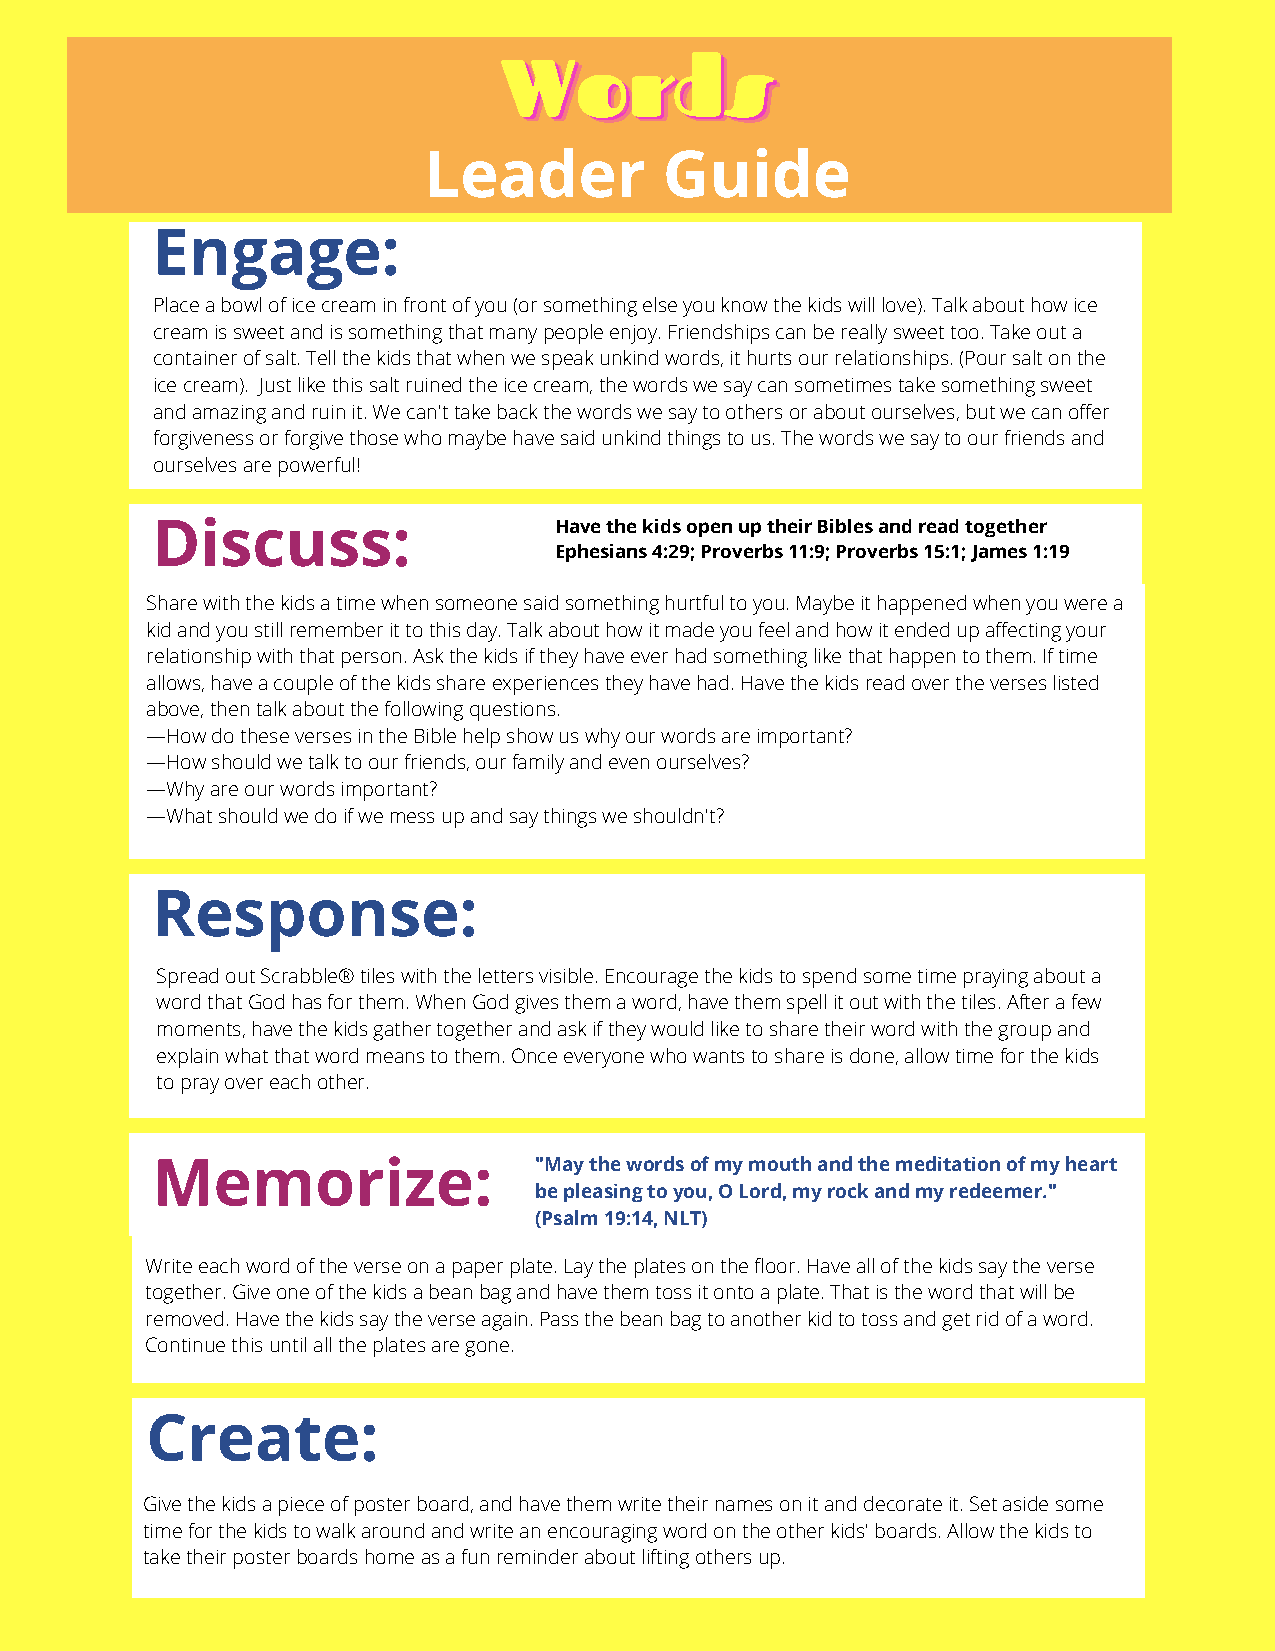
WWWooorrrdddsss
 Leader          Guide
 Engage:
 Place a bowl of ice cream in front of you (or something else you know the kids will love). Talk about how ice
 cream is sweet and is something that many people enjoy. Friendships can be really sweet too. Take out a
 container of salt. Tell the kids that when we speak unkind words, it hurts our relationships. (Pour salt on the
 ice cream). Just like this salt ruined the ice cream, the words we say can sometimes take something sweet
 and amazing and ruin it. We can't take back the words we say to others or about ourselves, but we can offer
 forgiveness or forgive those who maybe have said unkind things to us. The words we say to our friends and
 ourselves are powerful!
 Discuss:                   Have the kids open up their Bibles and read together
 Ephesians 4:29; Proverbs 11:9; Proverbs 15:1; James 1:19
 Share with the kids a time when someone said something hurtful to you. Maybe it happened when you were a
 kid and you still remember it to this day. Talk about how it made you feel and how it ended up affecting your
 relationship with that person. Ask the kids if they have ever had something like that happen to them. If time
 allows, have a couple of the kids share experiences they have had. Have the kids read over the verses listed
 above, then talk about the following questions.
 —How do these verses in the Bible help show us why our words are important?
 —How should we talk to our friends, our family and even ourselves?
 —Why are our words important?
 —What should we do if we mess up and say things we s houldn't?
 Response:
 Spread out Scrabble® tiles with the letters visible. Encourage the kids to spend some time praying about a
 word that God has for them. When God gives them a word, have them spell it out with the tiles. After a few
 moments, have the kids gather together and ask if they would like to share their word with the group and
 explain what that word means to them. Once everyone who wants to share is done, allow time for the kids
 to pray over each other.
 Memorize:                "May the words of my mouth and the meditation of my heart
 be pleasing to you, O Lord, my rock and my redeemer."
 (Psalm 19:14, NLT)
 Write each word of the verse on a paper plate. Lay the plates on the floor. Have all of the kids say the verse
 together. Give one of the kids a bean bag and have them toss it onto a plate. That is the word that will be
 removed. Have the kids say the verse again. Pass the bean bag to another kid to toss and get rid of a word.
 Continue this until all the plates are gone.
 Create:
 Give the kids a piece of poster board, and have them write their names on it and decorate it. Set aside some
 time for the kids to walk around and write an encouraging word on the other kids' boards. Allow the kids to
 take their poster boards home as a fun reminder about lifting others up.